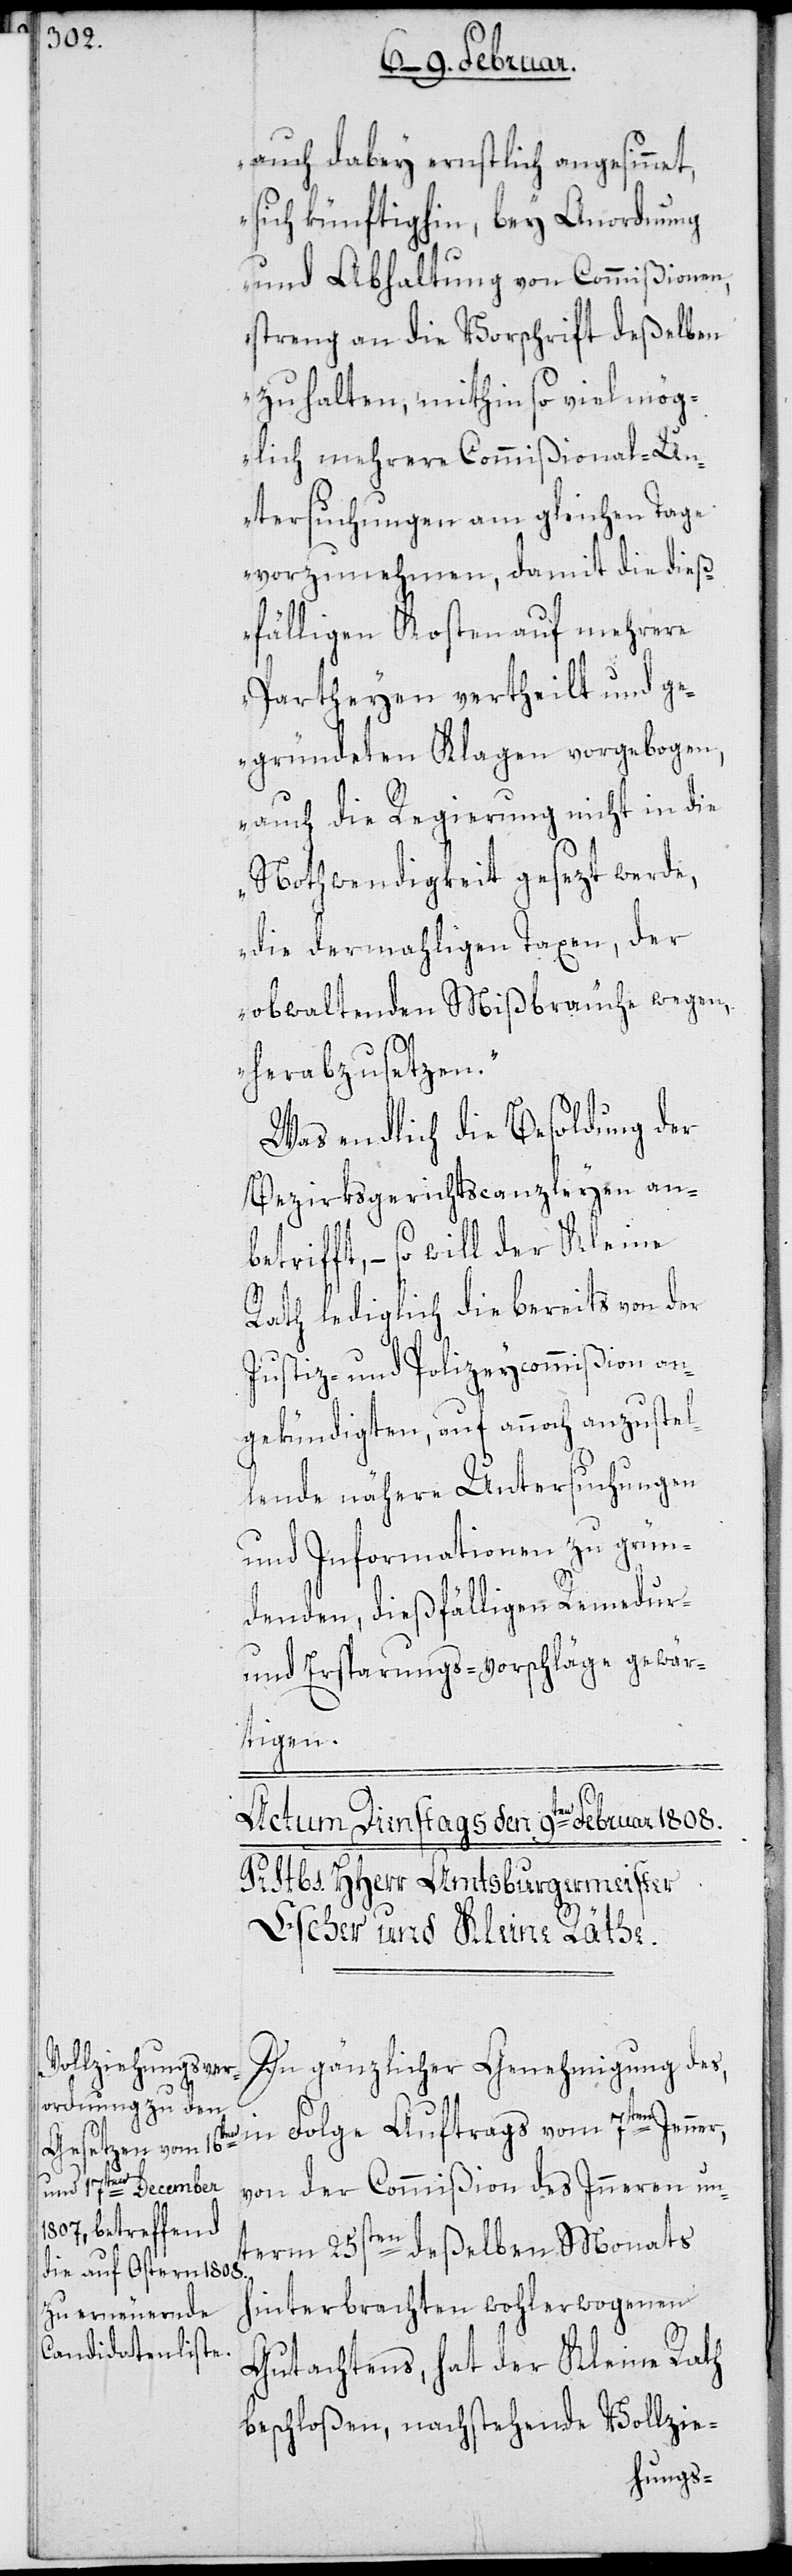
auch dabey ernstlich angesinnet,
sich künftighin bey Anordnung
und Abhaltung von Commißionen,
streng an die Vorschrift deßelben
zu halten, mithin so viel mög¬
lich mehrere Commißional-Un¬
tersuchungen am gleichen Tage
vorzunehmen, damit die dieß¬
fälligen Kosten auf mehrere
Partheyen vertheilt und ge¬
gründeten Klagen vorgebogen,
auch die Regierung nicht in die
Nothwendigkeit gesezt werde,
die dermahligen Taxen, der
obwaltenden Mißbräuche wegen
herabzusetzen.“
Was endlich die Besoldung der
Bezirksgerichtscanzleyen an¬
betrifft, – so will der Kleine
r,
Rath lediglich die bereits von der
Justiz- und Polizeycommißion an¬
gekündigten, auf annoch anzustel¬
lende nähere Untersuchungen
und Informationen zu grün¬
denden, dießfälligen Remedur-
und Ersparungs-Vorschläge gewär¬
tigen.
In gänzlicher Genehmigung des,
in Folge Auftrags vom 7ten Jenne¬
von der Commißion des Inneren un¬
term 25sten deßelben Monats
hinterbrachten wohlerwogenen
Gutachtens, hat der Kleine Rath
beschloßen, nachstehende Vollzie-